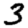
Digit: 3